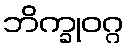
ဘိက္ခုဝဂ္ဂ